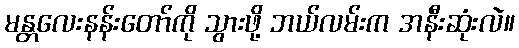
မန္တလေးနန်းတော်ကို သွားဖို့ ဘယ်လမ်းက အနီးဆုံးလဲ။